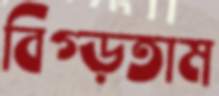
বিগ্‌ড়তাম